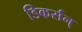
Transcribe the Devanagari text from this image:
डिकर्सन्